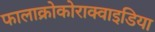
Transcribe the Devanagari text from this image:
फालाक्रोकोराक्वाइडिया